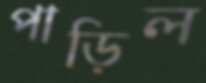
পাড়িল